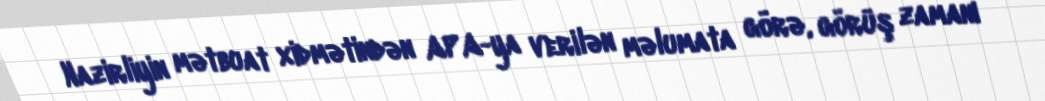
Nazirliyin mətbuat xidmətindən APA-ya verilən məlumata görə, görüş zamanı